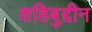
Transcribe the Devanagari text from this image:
शहिबुद्दीन